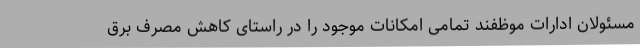
مسئولان ادارات موظفند تمامی امکانات موجود را در راستای کاهش مصرف برق